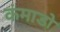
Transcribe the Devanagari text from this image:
कंमाडो